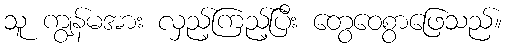
သူ ကျွန်မအား လှည့်ကြည့်ပြီး တွေဝေစွာဖြေသည်။